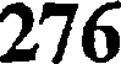
276